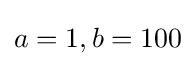
a=1,b=100